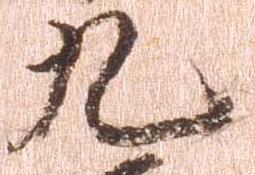
九